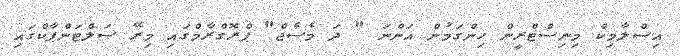
އިސްލާމިކް މިނިސްޓްރީން ހިންގަމުން އަންނަ " ދަ މެސެޖް" ޕްރޮގްރާމްގައި މިރޭ ސަލްޓަންޕާކްގައި